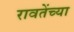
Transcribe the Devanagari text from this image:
रावतेंच्या